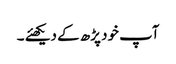
آپ خود پڑھ کے دیکھئے ۔